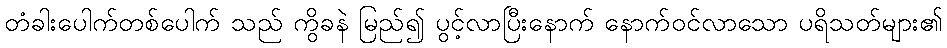
တံခါးပေါက်တစ်ပေါက် သည် ကွိခနဲ မြည်၍ ပွင့်လာပြီးနောက် နောက်ဝင်လာသော ပရိသတ်များ၏